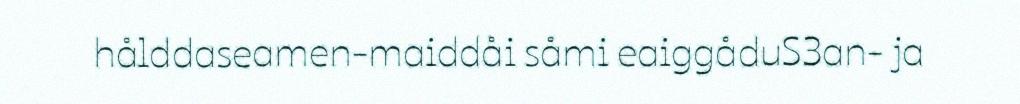
hålddaseamen-maiddåi såmi eaiggåduS3an- ja